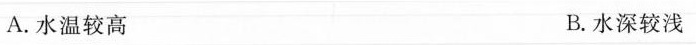
A.水温较高 B.水深较浅